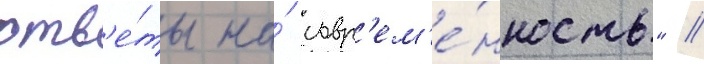
отв'е́ты на́ совр'ем'е́нность" //